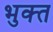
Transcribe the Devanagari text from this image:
भुक्‍त